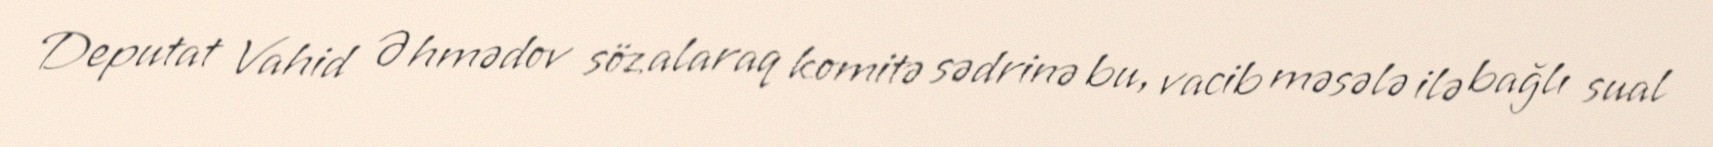
Deputat Vahid Əhmədov söz alaraq komitə sədrinə bu, vacib məsələ ilə bağlı sual